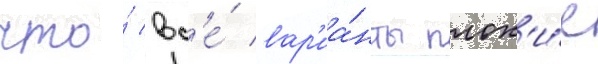
что́ вс'е́ вар'иа́нты плох'и́е